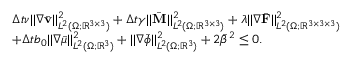
\begin{array} { r l } & { \displaystyle \Delta t \nu | | \nabla \bar { \mathbf { v } } | | _ { L ^ { 2 } ( \Omega ; \mathbb { R } ^ { 3 \times 3 } ) } ^ { 2 } + \Delta t \gamma | | \bar { \mathbf { M } } | | _ { L ^ { 2 } ( \Omega ; \mathbb { R } ^ { 3 \times 3 } ) } ^ { 2 } + \lambda | | \nabla \bar { \mathbf { F } } | | _ { L ^ { 2 } ( \Omega ; \mathbb { R } ^ { 3 \times 3 \times 3 } ) } ^ { 2 } } \\ & { \displaystyle + \Delta t b _ { 0 } | | \nabla \bar { \mu } | | _ { L ^ { 2 } ( \Omega ; \mathbb { R } ^ { 3 } ) } ^ { 2 } + | | \nabla \bar { \phi } | | _ { L ^ { 2 } ( \Omega ; \mathbb { R } ^ { 3 } ) } ^ { 2 } + 2 \bar { \beta } ^ { 2 } \leq 0 . } \end{array}